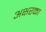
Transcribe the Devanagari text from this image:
अक्षरका